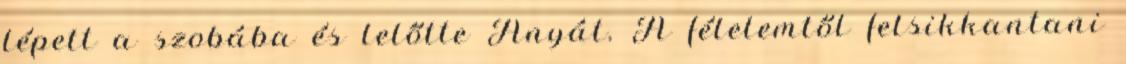
lépett a szobába és lelőtte Anyát. A félelemtől felsikkantani